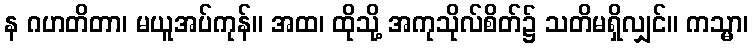
န ဂဟတိတာ၊ မယူအပ်ကုန်။ အထ၊ ထိုသို့ အကုသိုလ်စိတ်၌ သတိမရှိလျှင်။ ကသ္မာ၊